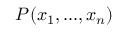
P ( x _ { 1 } , . . . , x _ { n } )